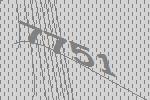
7751